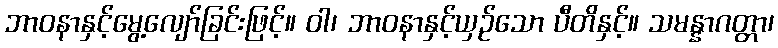
ဘာဝနာနှင့်မွေ့လျော်ခြင်းဖြင့်။ ဝါ၊ ဘာဝနာနှင့်ယှဉ်သော ပီတိနှင့်။ သမန္နာဂတ္တာ၊